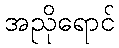
အညိုရောင်